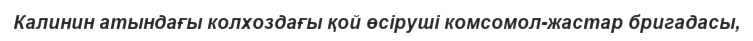
Калинин атындағы колхоздағы қой өсіруші комсомол-жастар бригадасы,